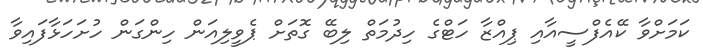
ކަމަށްވާ ކޭއެފްސީއާއި ޕިއްޒާ ހަޓްގެ ހިދުމަތް ލިބޭ ގޮތަށް ޕެވީލިއަން ހިންގަން ހުށަހަޅާފައިވާ